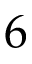
6